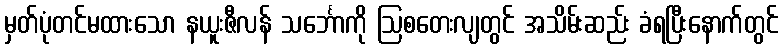
မှတ်ပုံတင်မထားသော နယူးဇီလန် သင်္ဘောကို ဩစတေးလျတွင် အသိမ်းဆည်း ခံရပြီးနောက်တွင်